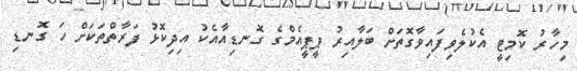
މިހާރު ކޮމިޓީ އެކުލެވިފައިވާގޮތަށް ބަލާއިރު ޕީޕީއެމްގެ ގޮނޑިއާއެކު އިދިކޮޅު ފަރާތްތަކަށް ހަ ގޮނޑި